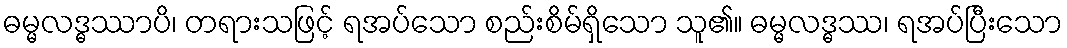
ဓမ္မလဒ္ဓဿာပိ၊ တရားသဖြင့် ရအပ်သော စည်းစိမ်ရှိသော သူ၏။ ဓမ္မလဒ္ဓဿ၊ ရအပ်ပြီးသော